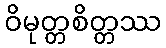
ဝိမုတ္တစိတ္တဿ